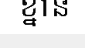
ខ្នាន